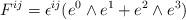
LaTeX: \begin{align*}F^{ij} = \epsilon^{ij} ( e^0 \wedge e^1 + e^2\wedge e^3)\end{align*}